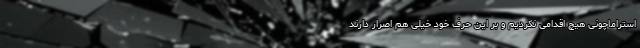
استراماچونی هیچ اقدامی نکردیم و بر این حرف خود خیلی هم اصرار دارند